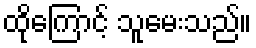
ထိုကြောင့် သူမေးသည်။